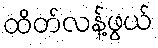
ထိတ်လန့်ဖွယ်